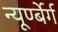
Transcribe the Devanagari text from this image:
न्यूर्ण्बेर्ग